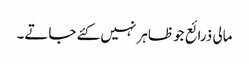
مالی ذرائع جو ظاہر نہیں کئے جاتے۔